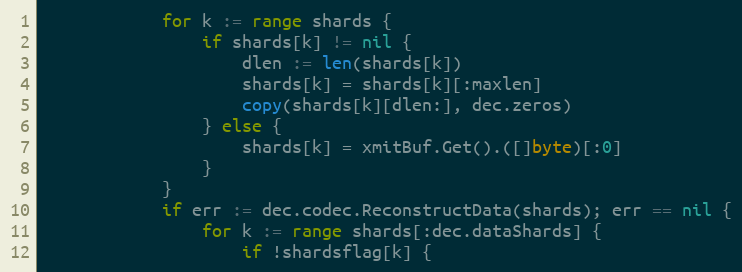
Language: Go
			for k := range shards {
				if shards[k] != nil {
					dlen := len(shards[k])
					shards[k] = shards[k][:maxlen]
					copy(shards[k][dlen:], dec.zeros)
				} else {
					shards[k] = xmitBuf.Get().([]byte)[:0]
				}
			}
			if err := dec.codec.ReconstructData(shards); err == nil {
				for k := range shards[:dec.dataShards] {
					if !shardsflag[k] {